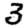
Digit: 3